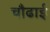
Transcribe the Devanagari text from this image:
चौढाई